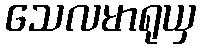
သေလမာရုယှ